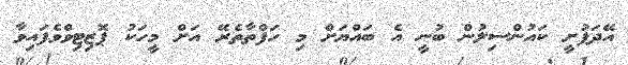
އޭދަފުށީ ކައުންސިލުން ބުނީ އެ ބައްޔަށް މި ހަފްތާތެރޭ އަށް މީހަކު ޕޮޒިޓިވްވެފައިވާ